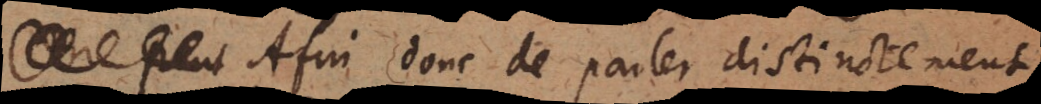
peut Afin donc de parler distinctement